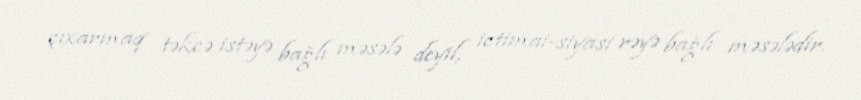
çıxarmaq təkcə istəyə bağlı məsələ deyil, ictimai-siyasi rəyə bağlı məsələdir.